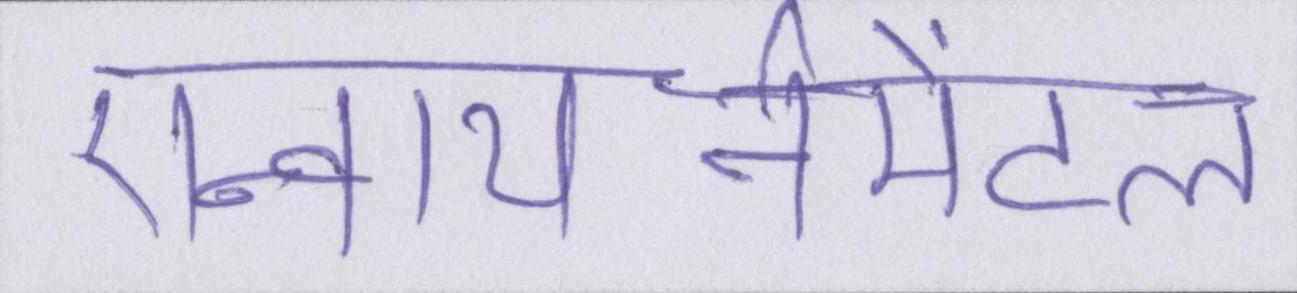
एन्वायर्नमेंटल